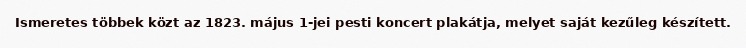
Ismeretes többek közt az 1823. május 1-jei pesti koncert plakátja, melyet saját kezűleg készített.